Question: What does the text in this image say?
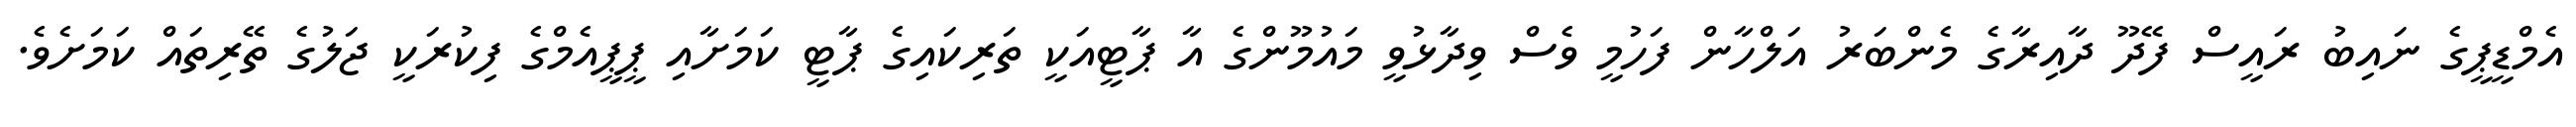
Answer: އެމްޑީޕީގެ ނައިބު ރައީސް ފޭދޫ ދާއިރާގެ މެންބަރު އަލްހާން ފަހުމީ ވެސް ވިދާޅުވީ މައުމޫންގެ އާ ޕާޓީއަކީ ތަރިކައިގެ ޕާޓީ ކަމަށާއި ޕީޕީއެމްގެ ފިކުރަކީ ޖަލުގެ ތޭރިތައް ކަމަށެވެ.